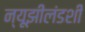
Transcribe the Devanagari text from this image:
न्यूझीलंडशी